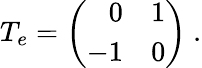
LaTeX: T_{e}=\left(\begin{array}{rr}{{0}}&{{1}}\\ {{-1}}&{{0}}\end{array}\right)\ .